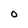
Character: O